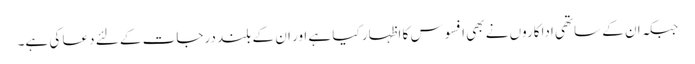
جبکہ ان کے ساتھی اداکاروں نے بھی افسوس کا اظہار کیا ہے اور ان کے بلند درجات کے لئے دعا کی ہے۔